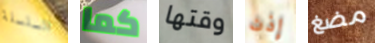
السلسلة كما وقتها إذن مضغ